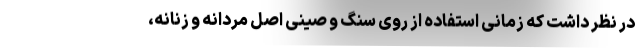
در نظر داشت که زمانی استفاده از روی سنگ و صینی اصل مردانه و زنانه،